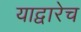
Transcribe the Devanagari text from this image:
याद्वारेच